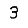
Digit: 3